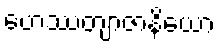
ဟေဿတျာဇာနိယော